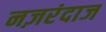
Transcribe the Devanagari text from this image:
नज़रंदाज